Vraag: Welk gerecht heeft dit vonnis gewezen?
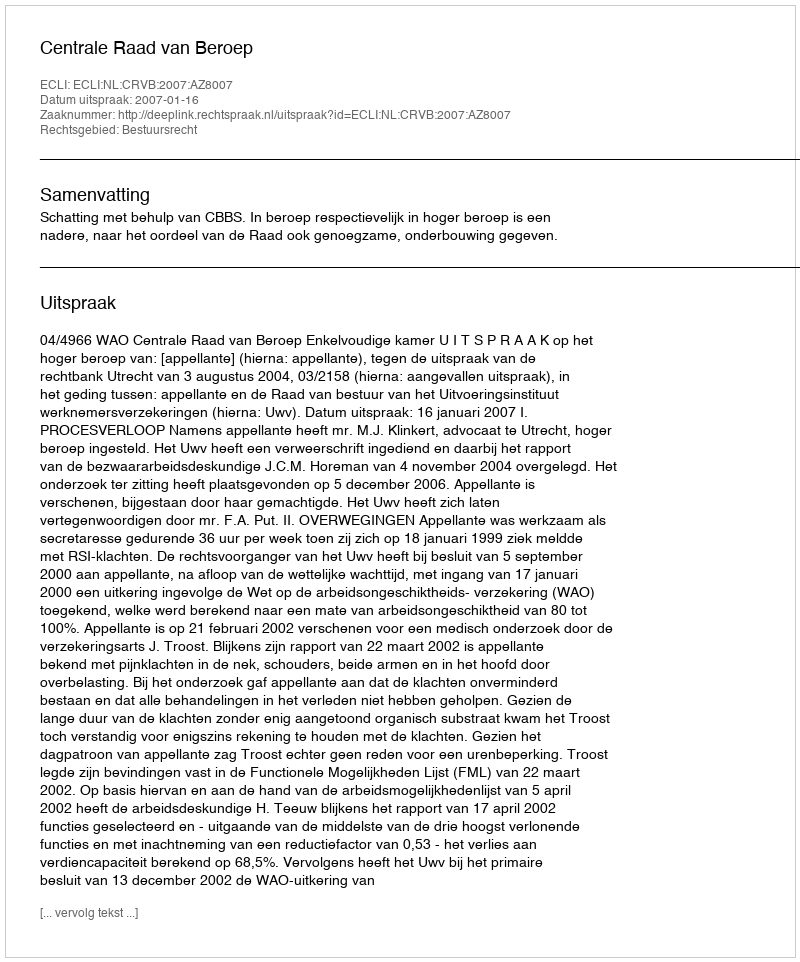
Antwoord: Centrale Raad van Beroep